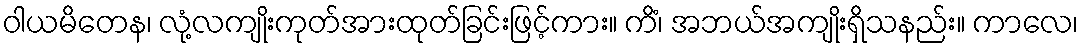
ဝါယမိတေန၊ လုံ့လကျိုးကုတ်အားထုတ်ခြင်းဖြင့်ကား။ ကိံ၊ အဘယ်အကျိုးရှိသနည်း။ ကာလေ၊